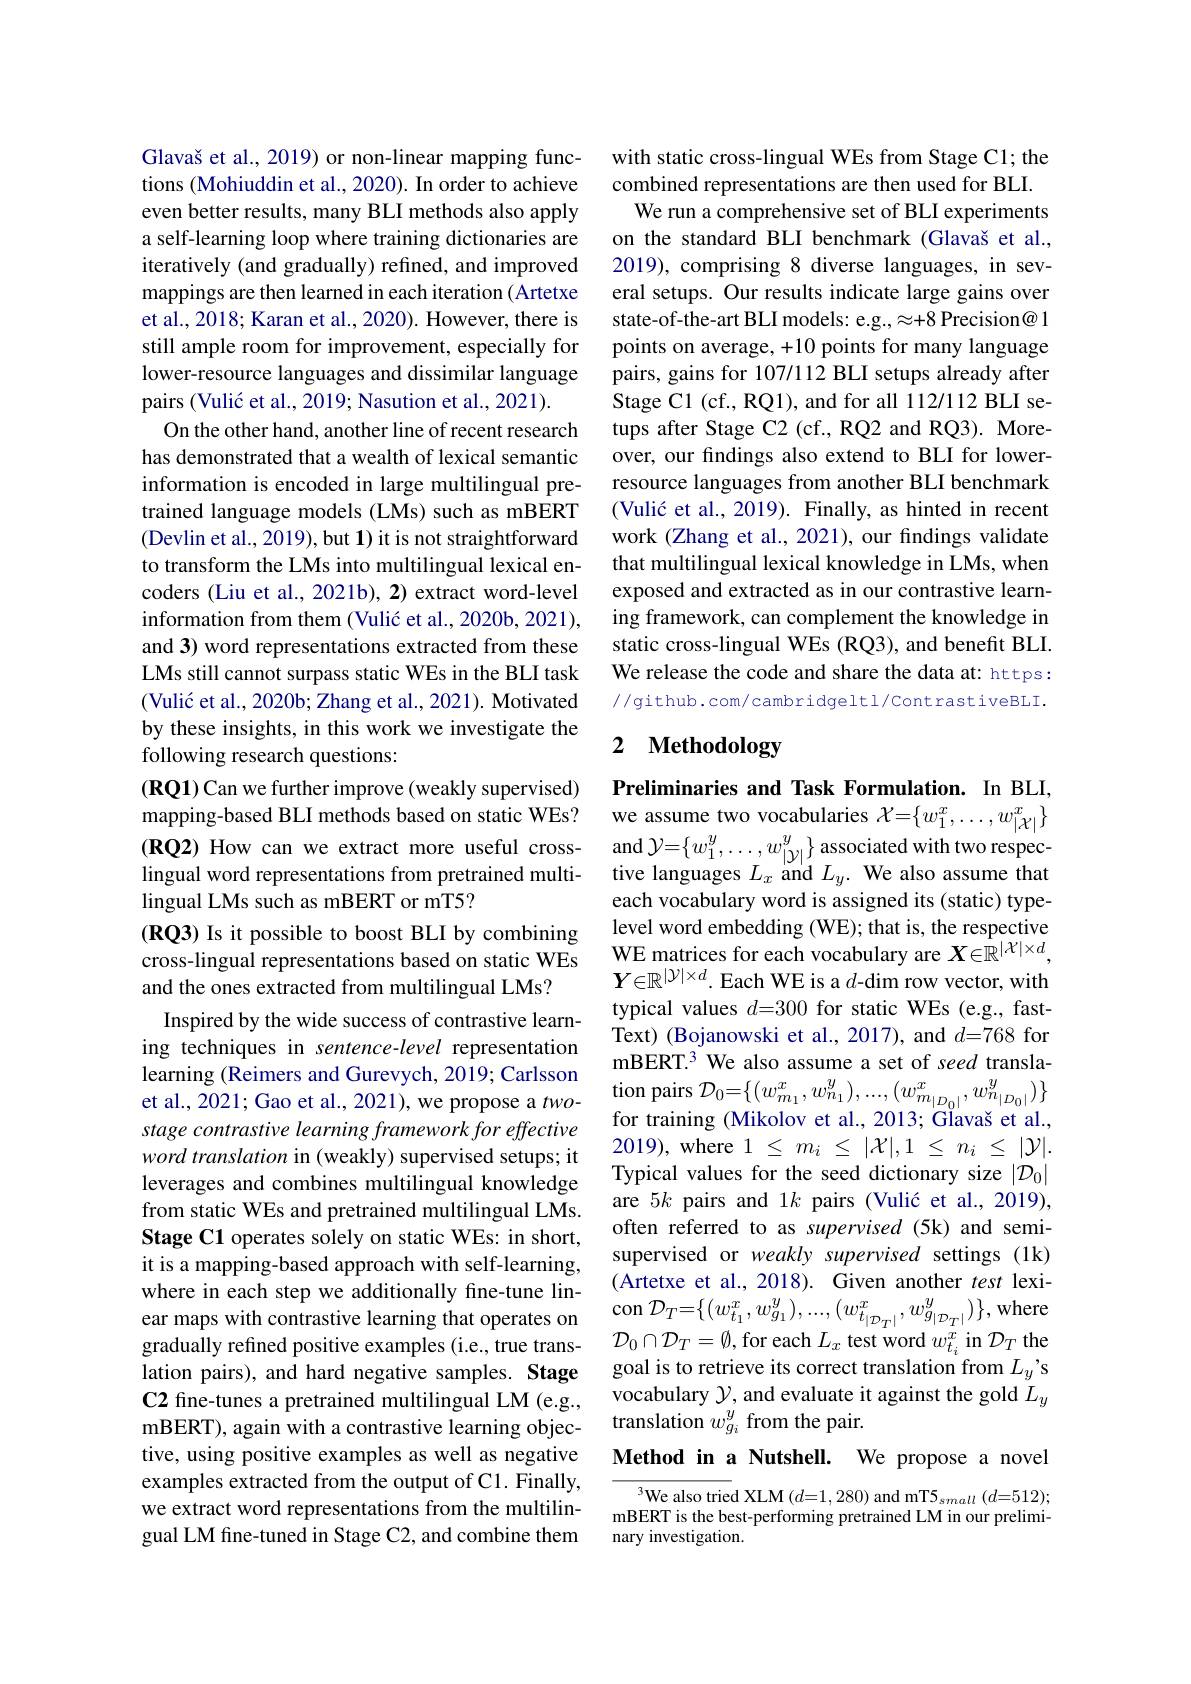
Glavaš et al., 2019) or non-linear mapping functions (Mohiuddin et al., 2020). In order to achieve even better results, many BLI methods also apply a self-learning loop where training dictionaries are iteratively (and gradually) refined, and improved mappings are then learned in each iteration (Artetxe et al., 2018; Karan et al., 2020). However, there is still ample room for improvement, especially for lower-resource languages and dissimilar language pairs (Vulić et al., 2019; Nasution et al., 2021).
On the other hand, another line of recent research has demonstrated that a wealth of lexical semantic information is encoded in large multilingual pretrained language models (LMs) such as mBERT (Devlin et al., 2019), but $\mathbf{1})$ it is not straightforward to transform the LMs into multilingual lexical encoders (Liu et al., 2021b), 2) extract word-level information from them (Vulić et al., 2020b, 2021), and 3) word representations extracted from these LMs still cannot surpass static WEs in the BLI task $( \text{Vuli\'{c} et al. , 2020b; Zhang et al. , 2021) . Motivated}$ by these insights, in this work we investigate the following research questions:
$(\mathbf{RQ1})$ Can we further improve (weakly supervised)
mapping- based BLI methods based on static WEs? we assume two vocabularies ${\mathcal{X} = \{ w_1^x, \ldots , w_{| \mathcal{X} | }^x\} }$ $( \mathbf{RQ2})$ How can we extract more useful cross- and ${\mathcal{Y} = \{ w_1^y, \ldots , w_{| \mathcal{Y} | }^y\} \text{ associated with two respec- }}$ ANO2 AMAMAMAMAMAMAMAMA
lingual word representations from pretrained multi-
lingual LMs such as mBERT or mT5?
(RQ3) Is it possible to boost BLI by combining cross-lingual representations based on static WEs and the ones extracted from multilingual LMs?
Inspired by the wide success of contrastive learning techniques in sentence-level representation learning (Reimers and Gurevych, 2019; Carlsson learnng( Remers and Gurevycn, 2019; Carlssontion pairs$\mathcal{D} _{0}= \{ ( w_{m_{1}}^{x}, w_{n_{1}}^{y}) , . . . , ( w_{m_{| D_{0}| }}^{x}, w_{n_{| D_{0}| }}^{y}) \}$ et al. , 2021; Gao et al. , 2021) , we propose a two- fera tropose a two- fera trinine Adileloust ol 201
stage contrastive learning framework for effective $word\textit{ translation in ( weakly) supervised setups; it}$ leverages and combines multilingual knowledge from static WEs and pretrained multilingual LMs. Stage C1 operates solely on static WEs: in short, it is a mapping-based approach with self-learning, where in each step we additionally fine-tune linear maps with contrastive learning that operates on con $\mathcal{D}_T=\{(w_{t_1}^{x},w_{g_1}^{y}),...,(w_{t_{|\mathcal{D}_T|}}^{x},w_{g_{|\mathcal{D}_T|}}^{y})\}$,where
gradually refined positive examples (i.e., true translation pairs), and hard negative samples. Stage C2 fine-tunes a pretrained multilingual LM (e.g., mBERT), again with a contrastive learning objective, using positive examples as well as negative examples extracted from the output of C1. Finally, we extract word representations from the multilingual LM fine-tuned in Stage C2, and combine them

with static cross-lingual WEs from Stage C1; the combined representations are then used for BLI.
We run a comprehensive set of BLI experiments on the standard BLI benchmark (Glavaš et al., 2019), comprising 8 diverse languages, in several setups. Our results indicate large gains over state-of-the-art BLI models: e.g., $\approx+8$ Precision@ 1 points on average, +10 points for many language pairs, gains for 107/112 BLI setups already after Stage C1 (cf., RQ1), and for all 112/112 BLI setups after Stage C2 (cf., RQ2 and RQ3). Moreover, our findings also extend to BLI for lowerresource languages from another BLI benchmark $( \text{Vuli\'{c} et al. , 2019) . Finally, as hinted in recent}$ work (Zhang et al., 2021), our findings validate that multilingual lexical knowledge in LMs, when exposed and extracted as in our contrastive learning framework, can complement the knowledge in static cross-lingual WEs (RQ3), and benefit BLI. We release the code and share the data at: https: //github.com/cambridgeltl/ContrastiveBLI.

# 2 Methodology

Preliminaries and Task Formulation. In BLI, tive languages $L_x$ and $L_y.$ We also assume that each vocabulary word is assigned its (static) typelevel word embedding (WE); that is, the respective WE matrices for each vocabulary are $X\in\mathbb{R}^{|\mathcal{X}|\times d}$, $Y\in\mathbb{R}^{|\mathcal{Y}|\times d}$.Each WE is a $d$-dim row vector, with typical values $d=300$ for static WEs (e.g., fastText) (Bojanowski et al., 2017), and $d=768$ for mBERT.3 We also assume a set of seed translafor training (Mikolov et al., 2013; Glavaš et al., 2019),where $1\leq m_i\leq|\mathcal{X}|,1\leq n_i\leq|\mathcal{Y}|.$ Typical values for the seed dictionary size $|\mathcal{D}_0|$ are $5k$ pairs and 1$k$ pairs (Vulić et al., 2019), often referred to as supervised (5k) and semisupervised or weakly supervised settings (1k) (Artetxe et al., 2018). Given another test lexi- $\mathcal{D}_{0}\cap\mathcal{D}_{T}=\emptyset$,for each $L_x$ test word $w_t_i^{x}$ in $\mathcal{D}_T$ the goal is to retrieve its correct translation from $L_y’$s vocabulary $\mathcal{Y}$, and evaluate it against the gold $L_y$ translation $w_{g_i}^y$ from the pair.
Method in a Nutshell. We propose a novel

$^{3}$We also tried XLM $(d=1,280)$ and mT5$_small(d=512);$ mBERT is the best-performing pretrained LM in our preliminary investigation.